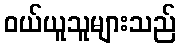
ဝယ်ယူသူများသည်